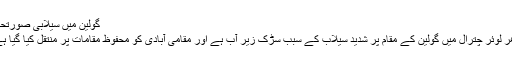
گولین میں سیلابی صورتحال
ادھر لوئر چترال میں گولین کے مقام پر شدید سیلاب کے سبب سڑک زیر آب ہے اور مقامی آبادی کو محفوظ مقامات پر منتقل کیا گیا ہے۔